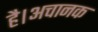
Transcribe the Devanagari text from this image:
है।अचानक